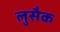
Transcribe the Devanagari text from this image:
लुसैक